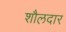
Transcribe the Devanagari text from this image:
शौलदार